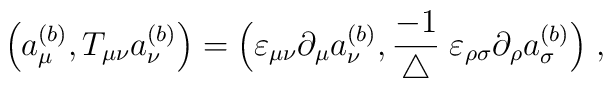
\Big( a^{(b)}_\mu,T_{\mu \nu} a^{(b)}_\nu \Big) =\Big( \varepsilon_{\mu \nu} \partial_\mu a^{(b)}_\nu, \frac{-1}{\triangle}\; \varepsilon_{\rho \sigma} \partial_\rho a^{(b)}_\sigma \Big) \; ,